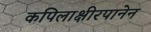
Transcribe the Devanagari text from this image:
कपिलाक्षीरपानेन